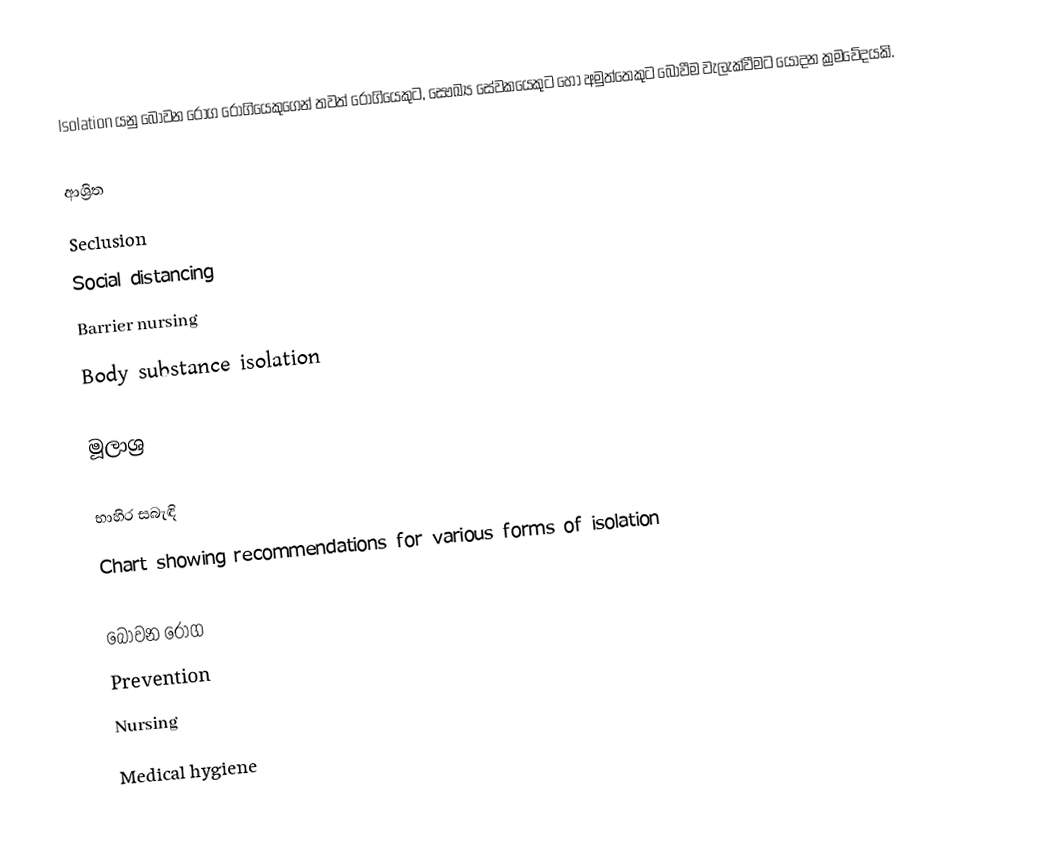
Isolation යනු බෝවන රෝග රෝගියෙකුගෙන් තවත් රෝගියෙකුට, සෞඛ්‍ය සේවකයෙකුට හෝ අමුත්තෙකුට බෝවීම වැලැක්වීමට යොදන ක්‍රමවේදයකි.

ආශ්‍රිත
Seclusion
Social distancing
Barrier nursing
Body substance isolation

මූලාශ්‍ර

භාහිර සබැඳි
Chart showing recommendations for various forms of isolation

බෝවන රෝග
Prevention
Nursing
Medical hygiene